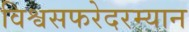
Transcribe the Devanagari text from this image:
विश्वसफरेदरम्यान